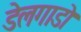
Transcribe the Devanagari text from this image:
डेलगाडो